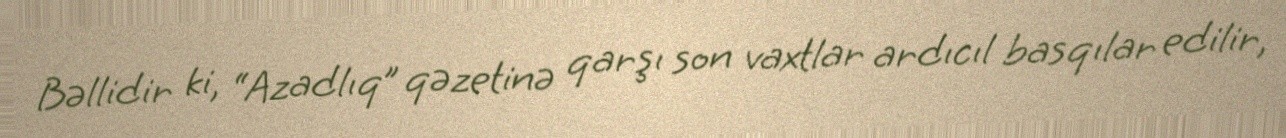
Bəllidir ki, “Azadlıq” qəzetinə qarşı son vaxtlar ardıcıl basqılar edilir,